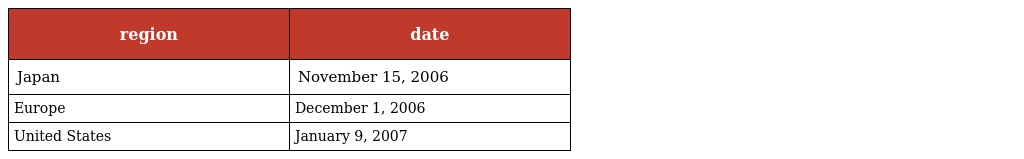
| region | date |
 | --- | --- |
 | Japan | November 15, 2006 |
 | Europe | December 1, 2006 |
 | United States | January 9, 2007 |